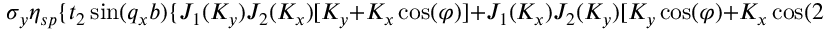
\sigma _ { y } \eta _ { s p } \{ t _ { 2 } \sin ( q _ { x } b ) \{ J _ { 1 } ( K _ { y } ) J _ { 2 } ( K _ { x } ) [ K _ { y } + K _ { x } \cos ( \varphi ) ] + J _ { 1 } ( K _ { x } ) J _ { 2 } ( K _ { y } ) [ K _ { y } \cos ( \varphi ) + K _ { x } \cos ( 2 \varphi ) ] \}